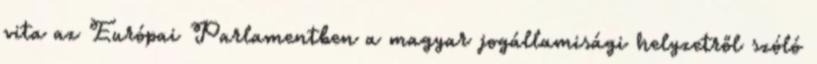
vita az Európai Parlamentben a magyar jogállamisági helyzetről szóló